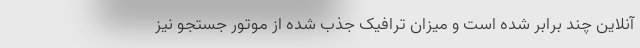
آنلاین چند برابر شده است و میزان ترافیک جذب شده از موتور جستجو نیز